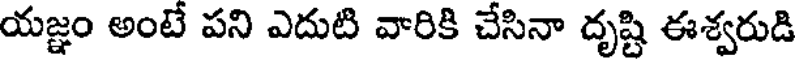
యజ్ఞం అంటే పని ఎదుటి వారికి చేసినా దృష్టి ఈశ్వరుడి